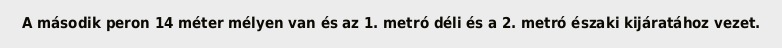
A második peron 14 méter mélyen van és az 1. metró déli és a 2. metró északi kijáratához vezet.